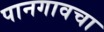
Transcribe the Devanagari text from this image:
पानगावचा